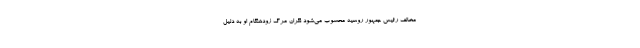
مخالف رئیس جمهور روسیه محسوب می‌شود نگران مرگ زودهنگام او به دلیل